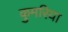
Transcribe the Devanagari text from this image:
कुमरिया